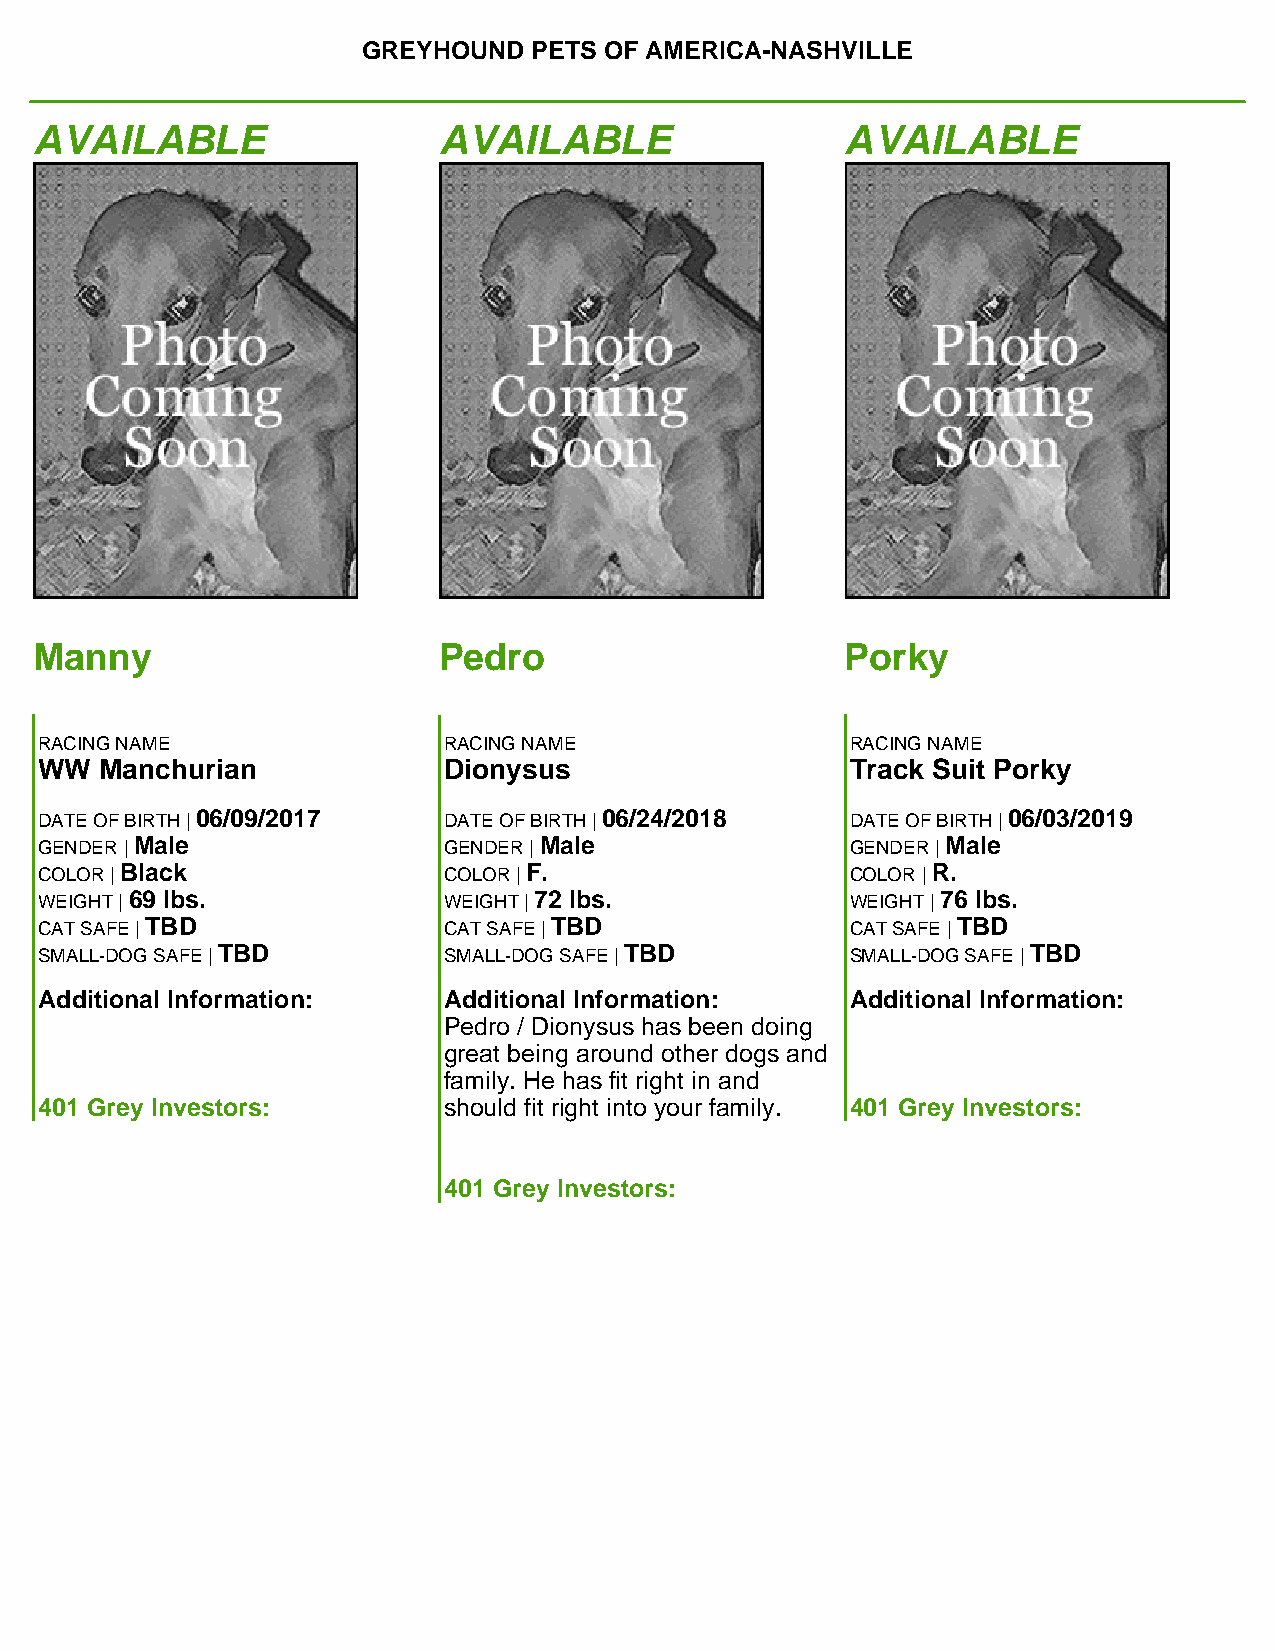
GREYHOUND  PETS OF AMERICA-NASHVILLE
 AVAILABLE                  AVAILABLE                  AVAILABLE
 Manny                      Pedro                      Porky
 RACING NAME               RACING NAME                RACING NAME
 WW  Manchurian            Dionysus                   Track Suit Porky
 DATE OF BIRTH | 06/09/2017 DATE OF BIRTH | 06/24/2018 DATE OF BIRTH | 06/03/2019
 GENDER | Male             GENDER | Male              GENDER | Male
 COLOR | Black             COLOR | F.                 COLOR | R.
 WEIGHT | 69 lbs.          WEIGHT | 72 lbs.           WEIGHT | 76 lbs.
 CAT SAFE | TBD            CAT SAFE | TBD             CAT SAFE | TBD
 SMALL-DOG SAFE | TBD      SMALL-DOG SAFE | TBD       SMALL-DOG SAFE | TBD
 Additional Information:   Additional Information:    Additional Information:
 Pedro / Dionysus has been doing
 great being around other dogs and
 family. He has fit right in and
 401 Grey Investors:       should fit right into your family. 401 Grey Investors:
 401 Grey Investors: